Scottish Leaving Certificate Examination, 1957
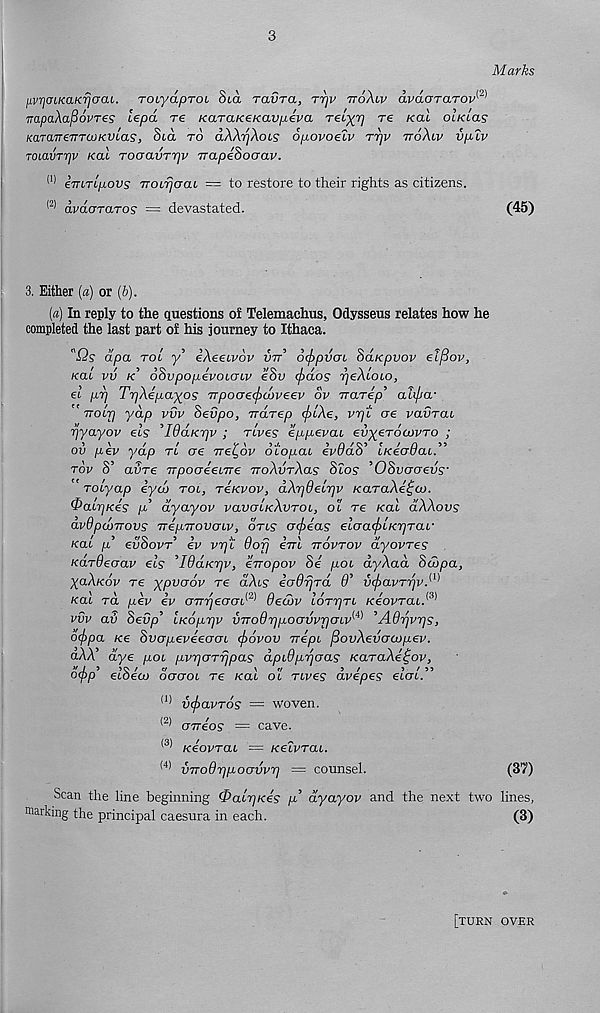
3
Marks
HvrjcuKaKrjcrac. Toiyaproi Sta ravra, Trjv ttoXlv avdcrraTOv^
irapaXapovres lepd re KaraKeKavp-eva reixf] re koll olkicls
KaTaireTTTCOKVLas, Sta to dXXrjXois opovoeXv Trjv ttoXlv vp.lv
TOiavTrjv Kal Toaavrrjv TrapeSocrav.
(1) ivLTLpovs Troirjoai — to restore to their rights as citizens.
(2) dvdcTTaros — devastated.
(45)
3. Either (a) or (b).
(a) In reply to the questions of Telemachus, Odysseus relates how he
completed the last part of his journey to Ithaca.
"Qs dpa Toi y’ iXeewov v-n ofipvcu SaKpvov etfiov,
kcli vv k oSvpopevoicnv eSv cjidos rjeXbOLO,
el p.rj TrjXepaxos rrpoaecficoveev ov Trarep’ alipa-
rroir) yap vvv Sevpo, Trdrep cfrlXe, vrjt ere vavrai
rjyayov els ’lOaKpv ; rives eppevai eiixerocovro ;
ov [iev yap n ae Trel^ov oto/xat evuab LKeaUai.
rov S’ avre TTpoaieme rroXvrXas Slos ’OSvacrevs'
roiyap eyw tol, reKvov, dXrjdelriv KaraXetpco.
^alrjKes p.’ dyayov vavaLKXvroi., ol re Kal dXXovs
avdpdoiTovs Trepirovaiv, dns o(f>eas el(ja(f>CKr]rar
Kat p.’ evSovr’ ev vr/t dofj em ttovtov dyovres
Kardeoav els ’IdaKrjv, erropov Se pen dyXad Swpa,
XoXkov re xP vrj ov re dXis iadrjrd 9’ {xfcavrrjv
Kac rd pev ev crjrrjecTcrL 1 '^ 9ed>v lorrjri Keovrac.^
vvv av Sevp’ LKoprjv virod'ppoavvrjcnv^ ’AOrjvrjs,
6(f>pa Ke Svapeveeooi cf>6vov rrept fiovXevocopev.
dXX’ dye poc pvrjarrjpas dpidpr/cras KaraXe^ov,
”1 ’ 90 / C/
\ tf
5 /
9/99
oepp eioea) octctoi re /rat ol rives avepes etert.
(1) vefravros = woven.
<2) arreos = cave.
(3) Keovrai = Kelvrai.
(4) VTToOrjpoovvr] — counsel.
Scan the line beginning &alr]Kes p’ dyayov and the next two lines,
marking the principal caesura in each.
(3)
(37)
[turn over